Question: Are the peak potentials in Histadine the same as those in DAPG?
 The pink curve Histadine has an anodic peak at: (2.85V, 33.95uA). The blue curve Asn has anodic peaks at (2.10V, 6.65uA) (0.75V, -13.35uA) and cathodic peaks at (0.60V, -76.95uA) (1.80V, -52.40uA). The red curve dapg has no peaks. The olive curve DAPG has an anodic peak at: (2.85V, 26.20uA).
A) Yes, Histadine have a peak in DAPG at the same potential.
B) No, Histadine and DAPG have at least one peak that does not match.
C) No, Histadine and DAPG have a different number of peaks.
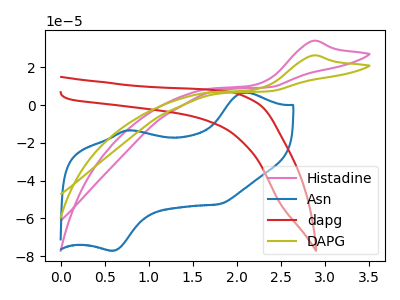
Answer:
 <answer>A) Yes, "Histadine" have a peak in "DAPG" at the same potential.</answer>
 <eval>A</eval>